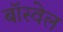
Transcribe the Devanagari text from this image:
बॉस्वेल